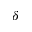
\delta